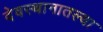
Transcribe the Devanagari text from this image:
देवस्थानातल्या